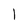
Character: l